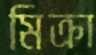
মিক্রা